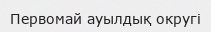
Первомай ауылдық округі